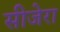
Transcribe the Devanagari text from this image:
सीजेरा